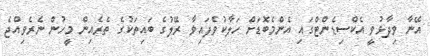
އޭނާ ވިދާޅުވީ އެކްސިޑެންޓްގައި އެންމެބޮޑަށް ހަލާކުވެފައިވާ ރޭލުގެ ބައިތަކުގެ ތެރެއިން މީހުން ނެރެވިއްޖެ